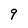
Character: 9